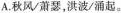
A.秋风/萧瑟，洪波/涌起。